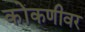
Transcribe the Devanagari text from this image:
कोंकणीवर